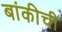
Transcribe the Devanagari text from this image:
बांकीची